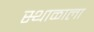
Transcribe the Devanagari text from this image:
स्थाळाला